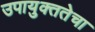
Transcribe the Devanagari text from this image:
उपायुक्ततेचा